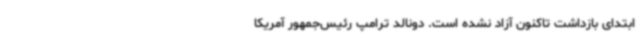
ابتدای بازداشت تاکنون آزاد نشده است. دونالد ترامپ رئیس‌جمهور آمریکا